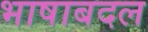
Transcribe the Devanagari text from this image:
भाषाबदल